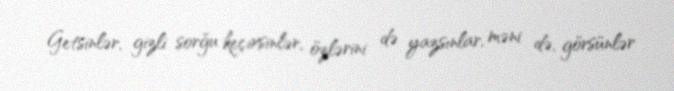
Getsinlər, gizli sorğu keçirsinlər, özlərini də yazsınlar, məni də, görsünlər